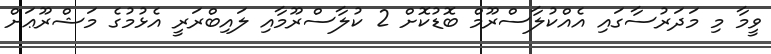
ވީމާ މި މަދަރުސާގައި އެއްކުލާސްރޫމް ބޮޑުކޮށް 2 ކުލާސްރޫމާއި ލައިބްރަރީ އެޅުމުގެ މަޝްރޫޢަށް